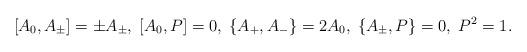
LaTeX: \begin{align*}[A_0,A_{\pm}]=\pm A_{\pm},\; [A_0,P]=0,\;\{A_{+},A_{-}\}=2A_0,\;\{A_{\pm},P\}=0,\;P^2=1.\end{align*}